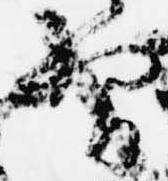
間